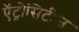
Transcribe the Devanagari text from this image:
ऍट्रोसिटीज